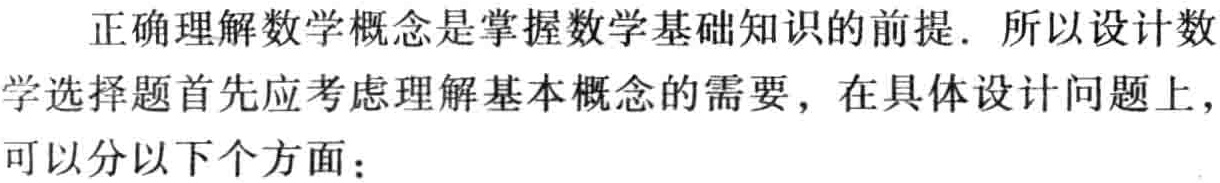
正确理解数学概念是掌握数学基础知识的前提. 所以设计数学选择题首先应考虑理解基本概念的需要，在具体设计问题上，可以分以下个方面：